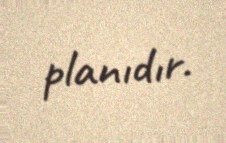
planıdır.